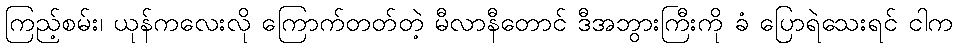
ကြည့်စမ်း၊ ယုန်ကလေးလို ကြောက်တတ်တဲ့ မီလာနီတောင် ဒီအဘွားကြီးကို ခံ ပြောရဲသေးရင် ငါက